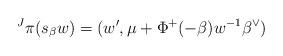
LaTeX: \begin{align*}\prescript J{}\pi(s_\beta w) = (w', \mu + \Phi^+(-\beta)w^{-1}\beta^\vee)\end{align*}